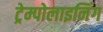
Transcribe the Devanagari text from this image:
ट्रेम्पोलाइनिंग